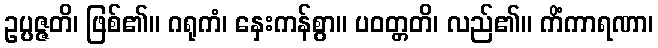
ဥပ္ပဇ္ဇတိ၊ ဖြစ်၏။ ဂရုကံ၊ နှေးကန်စွာ။ ပဝတ္တတိ၊ လည်၏။ ကိံကာရဏာ၊